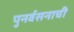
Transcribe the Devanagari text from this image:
पुनर्वसनाची